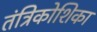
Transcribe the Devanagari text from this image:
तंत्रिकोशिका